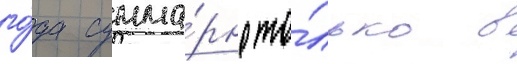
го́да сумма́рно то́лько в